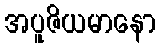
အပူဇိယမာနော